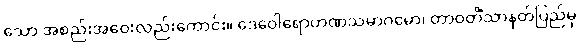
သော အစည်းအဝေးလည်းကောင်း။ ဒေဝေါရောဟဏသမာဂမော၊ တာဝတိံသာနတ်ပြည်မှ